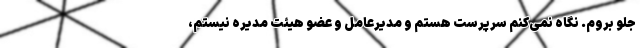
جلو بروم. نگاه نمی‌کنم سرپرست هستم و مدیرعامل و عضو هیئت مدیره نیستم،